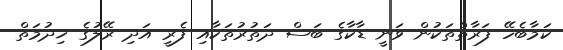
ކަމާބެހޭ ފަރާތްތަކުން ވަނީ ޑާކާގެ ބަސް ދަތުރުތަކާއި ފެރީ އަދި ރޭލުގެ ޚިދުމަތް